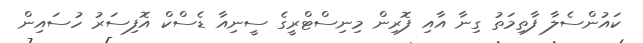
ކައުންސެލާ ފާތިމަތު ގިނާ އާއި ފޮރިން މިނިސްޓްރީގެ ސީނިއާ ޑެސްކް އޮފިސަރު ހުސައިން